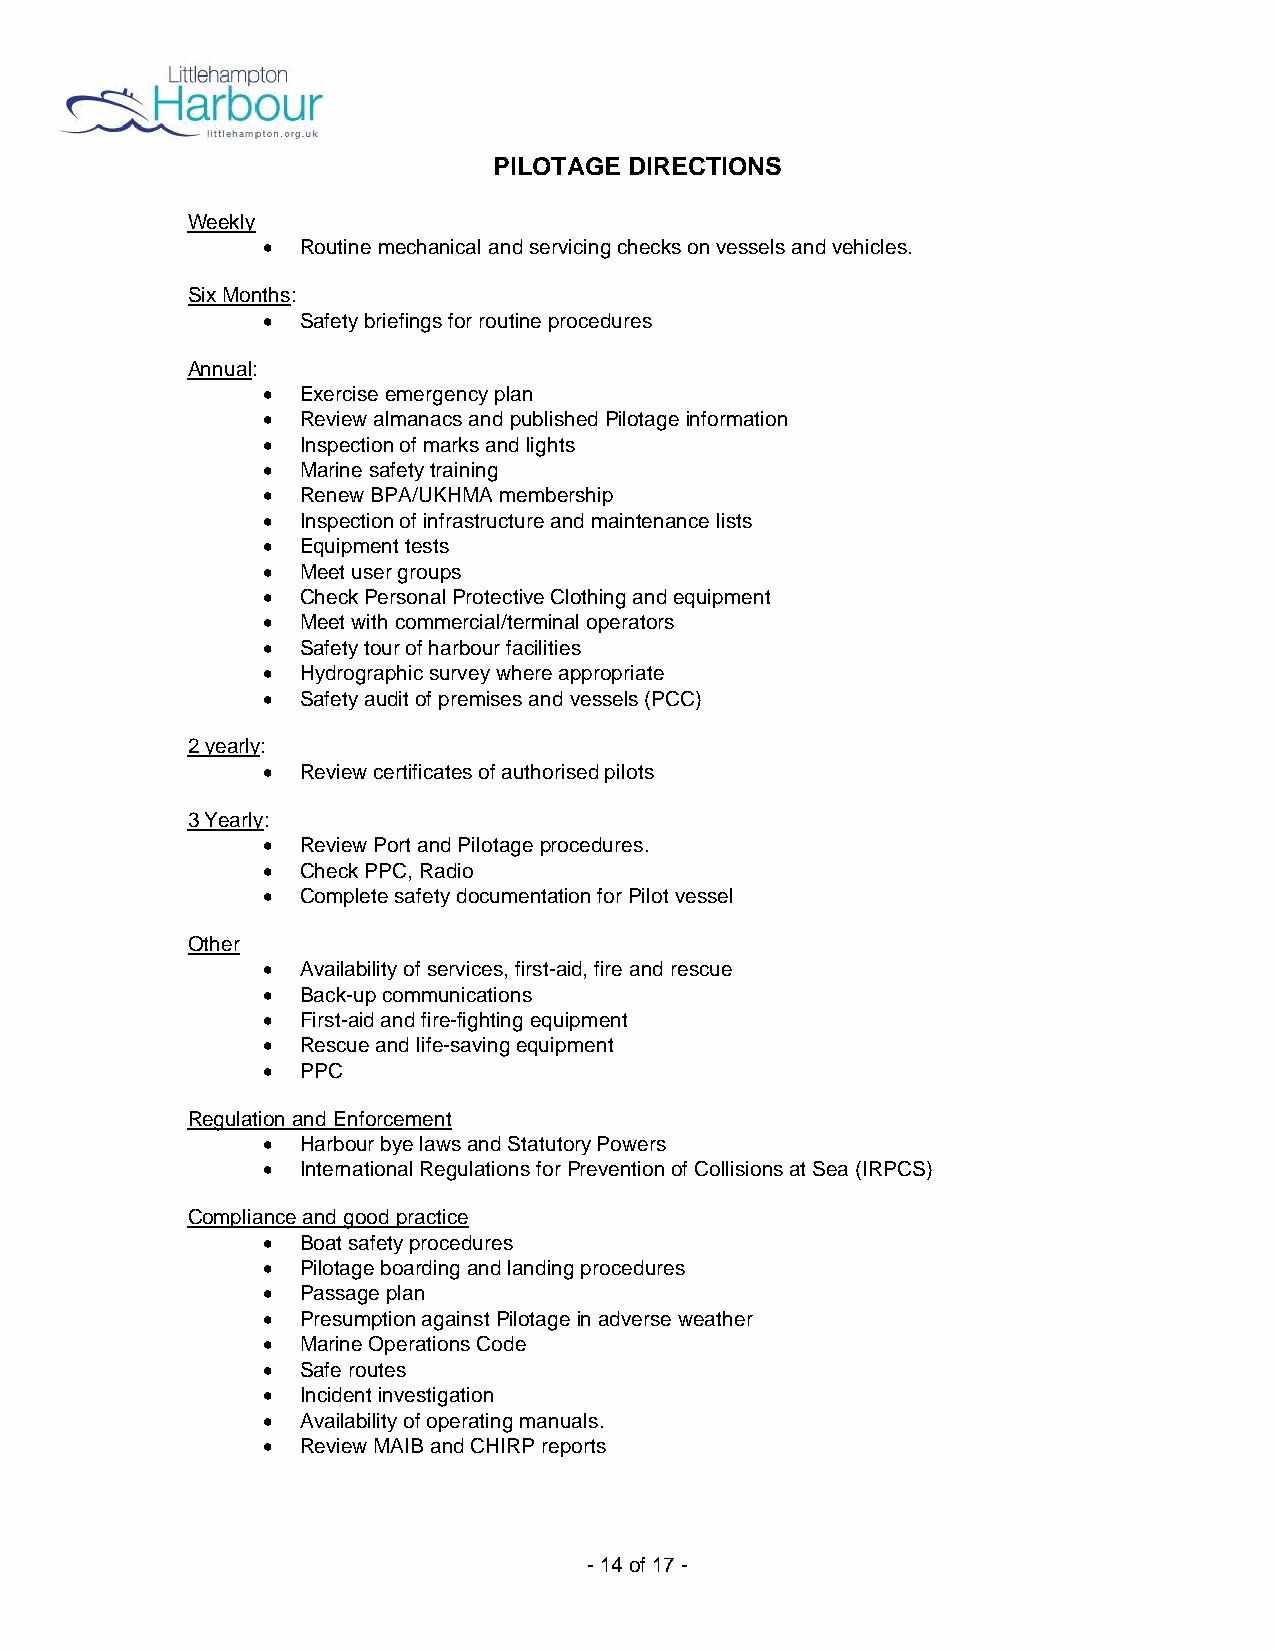
PILOTAGE DIRECTIONS
 Weekly
 •  Routine mechanical and servicing checks on vessels and vehicles.
 Six Months:
 •  Safety briefings for routine procedures
 Annual:
 •  Exercise emergency plan
 •  Review almanacs and published Pilotage information
 •  Inspection of marks and lights
 •  Marine safety training
 •  Renew BPA/UKHMA membership
 •  Inspection of infrastructure and maintenance lists
 •  Equipment tests
 •  Meet user groups
 •  Check Personal Protective Clothing and equipment
 •  Meet with commercial/terminal operators
 •  Safety tour of harbour facilities
 •  Hydrographic survey where appropriate
 •  Safety audit of premises and vessels (PCC)
 2 yearly:
 •  Review certificates of authorised pilots
 3 Yearly:
 •  Review Port and Pilotage procedures.
 •  Check PPC, Radio
 •  Complete safety documentation for Pilot vessel
 Other
 •  Availability of services, first-aid, fire and rescue
 •  Back-up communications
 •  First-aid and fire-fighting equipment
 •  Rescue and life-saving equipment
 •  PPC
 Regulation and Enforcement
 •  Harbour bye laws and Statutory Powers
 •  International Regulations for Prevention of Collisions at Sea (IRPCS)
 Compliance and good practice
 •  Boat safety procedures
 •  Pilotage boarding and landing procedures
 •  Passage plan
 •  Presumption against Pilotage in adverse weather
 •  Marine Operations Code
 •  Safe routes
 •  Incident investigation
 •  Availability of operating manuals.
 •  Review MAIB and CHIRP reports
 - 14 of 17 -